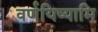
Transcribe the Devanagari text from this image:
वर्णयिष्यामि